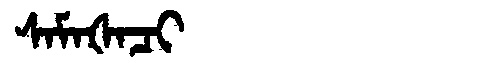
Manchu: ᠰᠠᠮᠠᡧᠠᠴᡳ
Romanization: SAMAŠACI